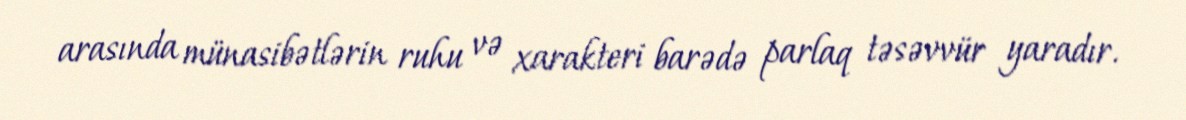
arasında münasibətlərin ruhu və xarakteri barədə parlaq təsəvvür yaradır.